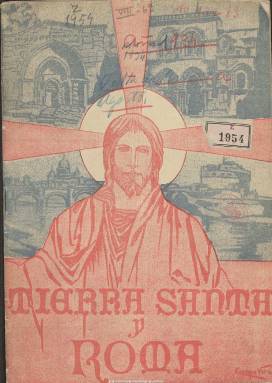
Título: Tierra Santa y Roma
Colección: Religión
Ámbito geográfico: Toledo
Lugar de publicación: Toledo
Fechas: 01/09/1934-31/05/1935

Portavoz y órgano de la obra de las peregrinaciones católicas españolas a los santos lugares de Oriente Medio y de la capital italiana. Aunque indica su subtítulo “revista mensual ilustrada”, los números que forman la colección de la Biblioteca Nacional de España son bimensuales, y corresponden a su segundo y tercer año de edición, desde septiembre-octubre de 1934 a mayo-junio de 1935, desconociéndose si su primer año en publicación correspondió a 1933. Lo que sí resalta de la revista es la profusión de fotograbados, con vistas generales o de detalle, entre otras, del Templo de Salomón, de la mezquita del sultán Ahmed de Constantinopla, del puente de Gálata, de la nave central de la Basílica de Letrán, de las puertas de Jerusalén, de la escuela franciscana en Port-Said, de los antiguos mosaicos de la Basílica de la Natividad de Belén, de las grutas de Capri, de las alumnas de la escuela Nuestra Señora del Pilar de Jerusalén, de la Basílica del Santo Sepulcro o de actividades de los peregrinos y de las órdenes religiosas, entre otras muchas, además de algunos planos.

Con un formato e impresión muy cuidada, publica artículos e informaciones relacionados con las diferentes peregrinaciones a los Santos lugares (1934 fue Año Jubilar), así como de las II, III y IV Cruzadas a Tierra Santa del Patronato Pro-Jerusalem, consideradas como “vacaciones” (con un coste desde 950 pesetas de la época) y bendecidas por el primado de España, y con listados de cruzados. Además de descripciones de lugares (como los indicados más arriba), publica recuerdos de los viajes y de las visitas de los peregrinos, y da cuenta de otras actividades del patronato. Tiene las secciones Páginas documentales, Página litúrgica, Índice bibliográfico e Ideas y hechos. Inserta también algunos anuncios publicitarios.

Aunque no se indica, fue dirigida, con toda probabilidad, por el hoy beato y escritor católico José Polo Benito (1879-1936), asesinado en Toledo al comienzo de la guerra civil, y que en el momento de su publicación era deán de la Catedral primada y presidente de la obra de las peregrinaciones católicas en España. Sin embargo, se indica que la administración de la revista se encontraba en Vitoria, sede de la dirección del Patronato Pro-Jerusalem. La cubierta de cada entrega es estampada a varias tintas y es de 36 páginas, aunque su foliación anual es continuada. Fue impresa por la Editorial Católica Toledadana, aunque la última entrega lo fue por Litografía Editorial Vasca, de Bilbao.